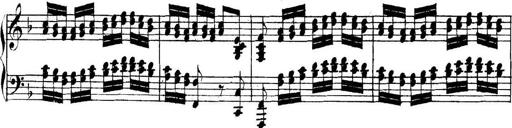
Title: Collected Piano Sonatas
Composer: Muzio Clementi